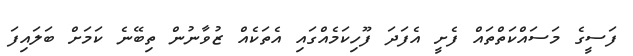
ފަސީގެ މަސައްކަތްތައް ފެށީ އެފަދަ ފޫހިކަމެއްގައި އެތަކެއް ޒުވާނުން ތިބޭނެ ކަމަށް ބަލައިފަ